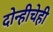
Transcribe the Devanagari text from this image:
दोन्हीचेही